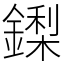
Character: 鏫